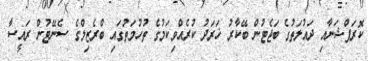
ކޮރަޕްޝަނާއި ދައުލަތުގެ ބަޖެޓުން ބޭކާރު ޚަރަދު ކުރެއްވިކަމުގެ ތުހުމަތުގައި ބްރެޒިލްގެ ސެނޭޓުން ރައީސާ